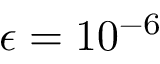
\epsilon = 1 0 ^ { - 6 }